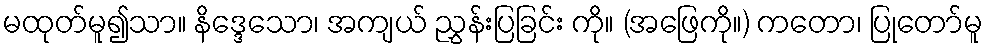
မထုတ်မူ၍သာ။ နိဒ္ဒေသော၊ အကျယ် ညွှန်းပြခြင်း ကို။ (အဖြေကို။) ကတော၊ ပြုတော်မူ